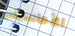
الأحاسيس